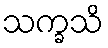
သက္ခသိ